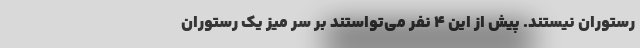
رستوران نیستند. پیش از این 4 نفر می‌تواستند بر سر میز یک رستوران